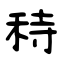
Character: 秲